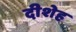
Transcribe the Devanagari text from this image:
दीशेह